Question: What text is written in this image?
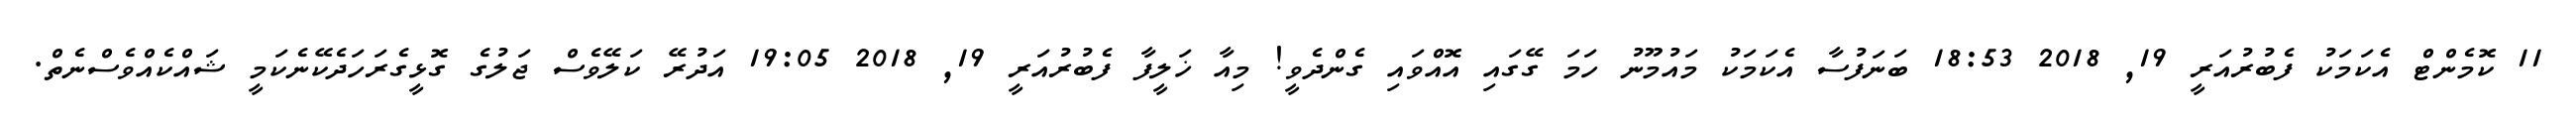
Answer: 11 ކޮމެންޓް އެކަމަކު ފެބުރުއަރީ 19, 2018 18:53 ބަނަފުސާ އެކަމަކު މައުމޫނު ހަމަ ގޭގައި އޮއްވައި ގެންދެވީ! މިއާ ޚަލީފާ ފެބުރުއަރީ 19, 2018 19:05 އަދުރޭ ކަލޭވެސް ޖަލުގެ ގޮޅީގެރަހަދެކޭނެކަމީ ޝައްކެއްވެސްނެތް.